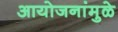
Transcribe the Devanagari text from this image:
आयोजनांमुळे